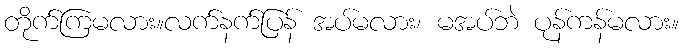
တိုက်ကြမလား။လက်နက်ပြန် အပ်မလား၊ မအပ်ဘဲ ပုန်ကန်မလား။